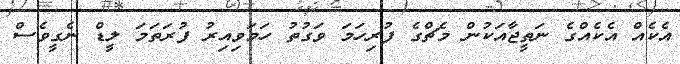
އެކެއް އެކެއްގެ ނަތީޖާއަކުން މެޗްގެ ފުރިހަމަ ވަގުތު ހަމަވިއިރު ފުރަތަމަ ލީޑް ނެގީވެސް